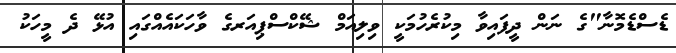
ޑެސްޑެމޮނާ"ގެ ނަން ދީފައިވާ މިކުރެހުމަކީ ވިލިއަމް ޝޭކްސްޕިއަރގެ ވާހަކައެއްގައި އުޅޭ ދެ މީހަކު